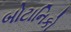
બોટાનિકો